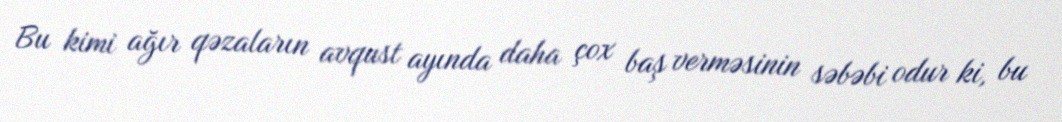
Bu kimi ağır qəzaların avqust ayında daha çox baş verməsinin səbəbi odur ki, bu